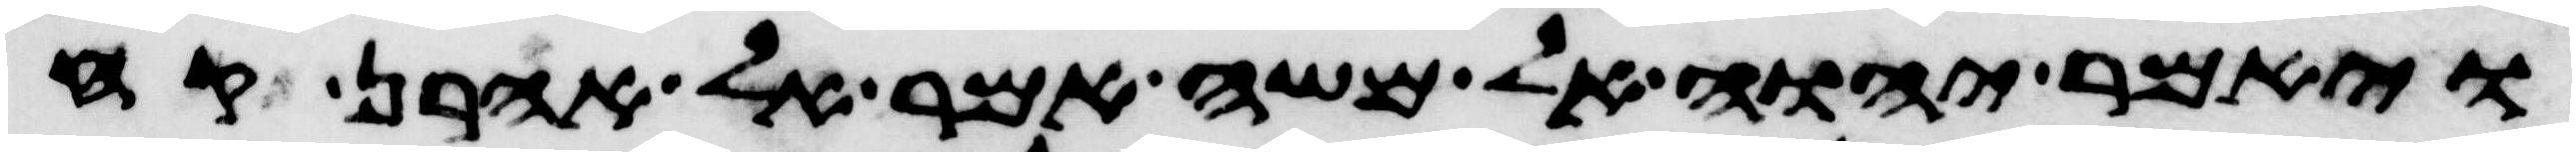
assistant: ויאמר יהוה אל משה אמר אל אהרן קח